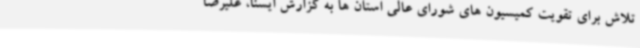
تلاش برای تقویت کمیسیون های شورای عالی استان ها به گزارش ایسنا، علیرضا